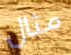
مثال